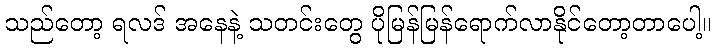
သည်တော့ ရလဒ် အနေနဲ့ သတင်းတွေ ပိုမြန်မြန်ရောက်လာနိုင်တော့တာပေါ့။